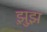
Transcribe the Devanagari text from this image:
झ़ुझ़